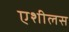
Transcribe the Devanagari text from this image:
एशीलस